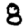
Digit: 8